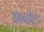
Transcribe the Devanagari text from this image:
आन्होल्ट